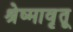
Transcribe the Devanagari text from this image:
श्रेष्मावृतू